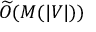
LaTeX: { \widetilde { O } } ( M ( | V | ) )